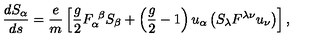
\frac { d S _ { \alpha } } { d s } = \frac e m \left[ \frac g 2 F _ { \alpha } ^ { \ \beta } S _ { \beta } + \left( \frac g 2 - 1 \right) u _ { \alpha } \left( S _ { \lambda } F ^ { \lambda \nu } u _ { \nu } \right) \right] ,